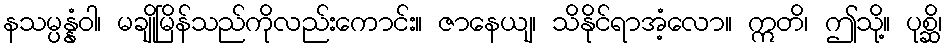
နသမ္ပန္နံဝါ၊ မချိုမြိန်သည်ကိုလည်းကောင်း။ ဇာနေယျ၊ သိနိုင်ရာအံ့လော။ ဣတိ၊ ဤသို့။ ပုစ္ဆိ၊